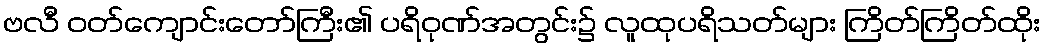
ဗလီ ဝတ်ကျောင်းတော်ကြီး၏ ပရိဝုဏ်အတွင်း၌ လူထုပရိသတ်များ ကြိတ်ကြိတ်ထိုး